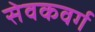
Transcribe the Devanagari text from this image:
सेवकवर्ग